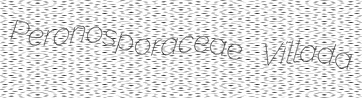
Peronosporaceae Villada